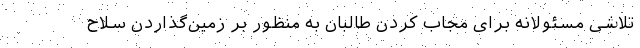
تلاشی مسئولانه برای مجاب کردن طالبان به منظور بر زمین‌گذاردن سلاح